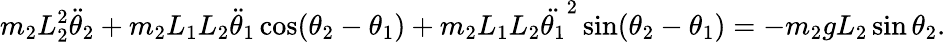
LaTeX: m_{2}L_{2}^{2}{\ddot{\theta}}_{2}+m_{2}L_{1}L_{2}{\ddot{\theta}}_{1}\cos(\theta_{2}-\theta_{1})+m_{2}L_{1}L_{2}{\ddot{\theta_{1}}}^{2}\sin(\theta_{2}-\theta_{1})=-m_{2}gL_{2}\sin\theta_{2}.